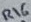
Text: R16